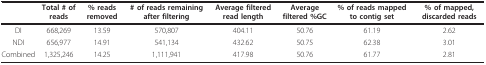
<table><thead><tr><td></td><td><b>Total # of reads</b></td><td><b>% reads removed</b></td><td><b># of reads remaining after filtering</b></td><td><b>Average filtered read length</b></td><td><b>Average filtered %GC</b></td><td><b>% of reads mapped to contig set</b></td><td><b>% of mapped, discarded reads</b></td></tr></thead><tbody><tr><td>DI</td><td>668,269</td><td>13.59</td><td>570,807</td><td>404.11</td><td>50.76</td><td>61.19</td><td>2.62</td></tr><tr><td>NDI</td><td>656,977</td><td>14.91</td><td>541,134</td><td>432.62</td><td>50.75</td><td>62.38</td><td>3.01</td></tr><tr><td>Combined</td><td>1,325,246</td><td>14.25</td><td>1,111,941</td><td>417.98</td><td>50.76</td><td>61.77</td><td>2.81</td></tr></tbody></table>